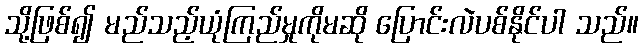
သို့ဖြစ်၍ မည်သည့်ယုံကြည်မှုကိုမဆို ပြောင်းလဲပစ်နိုင်ပါ သည်။